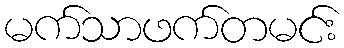
မက်သာဖက်တမင်း